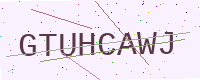
Text: GTUHCAWJ